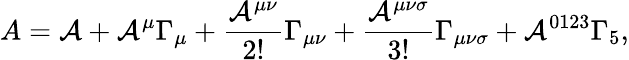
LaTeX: A=\mathcal{A}+\mathcal{A}^{\mu}\Gamma_{\mu}+\frac{{\mathcal{A}^{\mu\nu}}}{{2!}}\Gamma_{\mu\nu}+\frac{{\mathcal{A}^{\mu\nu\sigma}}}{{3!}}\Gamma_{\mu\nu\sigma}+\mathcal{A}^{0123}\Gamma_{5},